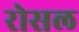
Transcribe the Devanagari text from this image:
रोसल